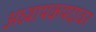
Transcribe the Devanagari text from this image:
अध्यापकपदावर